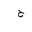
Letter: _ha